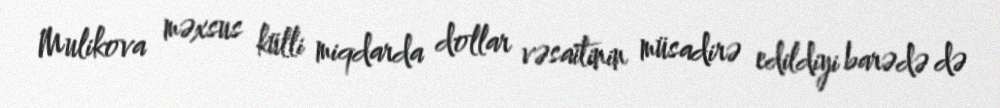
Mulikova məxsus külli miqdarda dollar vəsaitinin müsadirə edildiyi barədə də